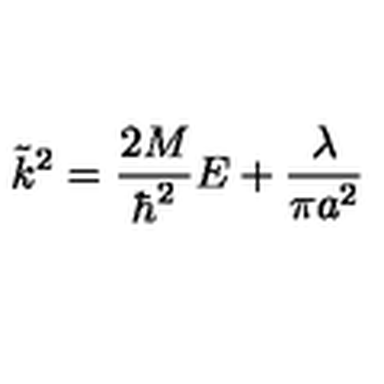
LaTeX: \tilde { k } ^ { 2 } = \frac { 2 M } { \hbar ^ { 2 } } E + \frac { \lambda } { \pi a ^ { 2 } }